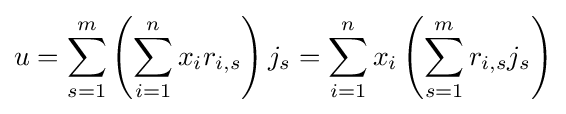
u=\sum _{s=1}^{m}\left(\sum _{i=1}^{n}x_{i}r_{i,s}\right)j_{s}=\sum \limits _{i=1}^{n}x_{i}\left(\sum _{s=1}^{m}r_{i,s}j_{s}\right)